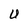
Character: U